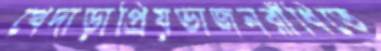
খেদাড়াপ্রিয়ভাজনরাঁধিতে